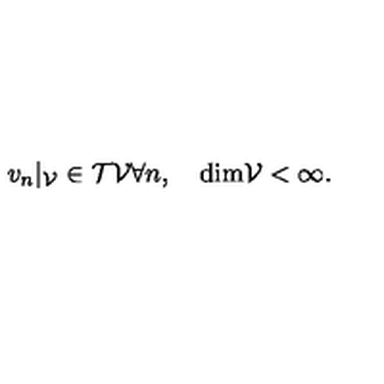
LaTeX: \begin{matrix} { v _ { n } | _ { \cal V } \in { \cal T } { \cal V } \forall n , } & { \quad \mathrm { d i m } { \cal V } < \infty . } \\ \end{matrix}